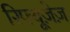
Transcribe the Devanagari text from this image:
रिफ्यूज़ेज़